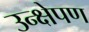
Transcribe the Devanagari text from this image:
उन्क्षेपण